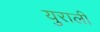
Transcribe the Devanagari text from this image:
युराली